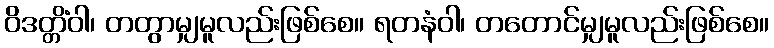
ဝိဒတ္တိံဝါ၊ တတွာမျှမူလည်းဖြစ်စေ။ ရတနံဝါ၊ တတောင်မျှမူလည်းဖြစ်စေ။